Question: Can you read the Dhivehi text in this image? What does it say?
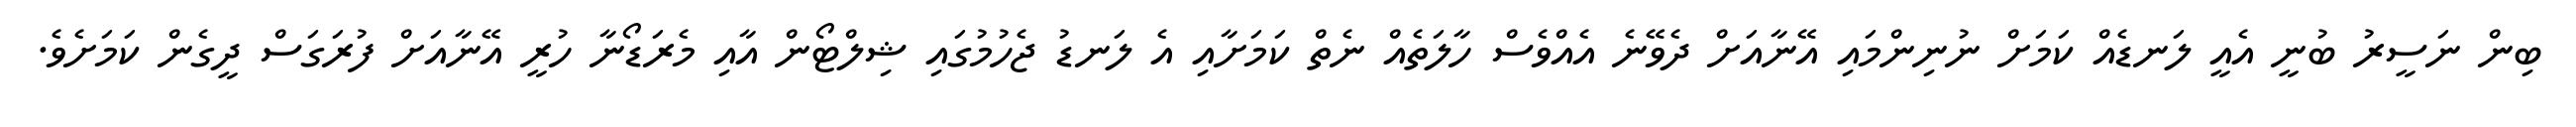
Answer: ބިން ނަސީރު ބުނީ އެއީ ލަނޑެއް ކަމަށް ނުނިންމައި އޭނާއަށް ދެވޭނެ އެއްވެސް ހާލަތެއް ނެތް ކަމަށާއި އެ ލަނޑު ޖެހުމުގައި ޝިލްޓޯން އާއި މެރަޑޯނާ ހުރީ އޭނާއަށް ފުރަގަސް ދީގެން ކަމަށެވެ.